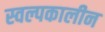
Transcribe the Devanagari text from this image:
स्वल्पकालीन